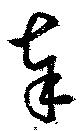
奉